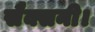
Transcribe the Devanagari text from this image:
सैक्सनी।